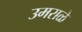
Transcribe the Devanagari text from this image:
उमराळे